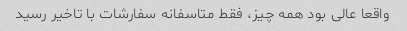
واقعا عالى بود همه چیز، فقط متاسفانه سفارشات با تاخیر رسید